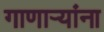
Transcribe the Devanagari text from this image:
गाणाऱ्यांना